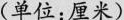
(单位：厘米)